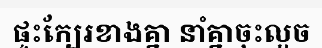
ផ្ទះក្បែរខាងគ្នា នាំគ្នាចុះលួច